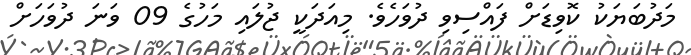
މަދުބަޔަކު ކޮވިޑަށް ފައްސިވި ދުވަހެވެ. މިއަދަކީ ޖުލައި މަހުގެ 09 ވަނަ ދުވަހަށް